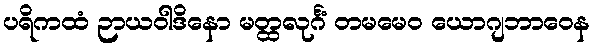
ပရိကထံ ဉာယဝါဒိနော မတ္ထလုင်္ဂံ တမမေဝ ယောဂျဘာဝေန